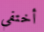
أختفى